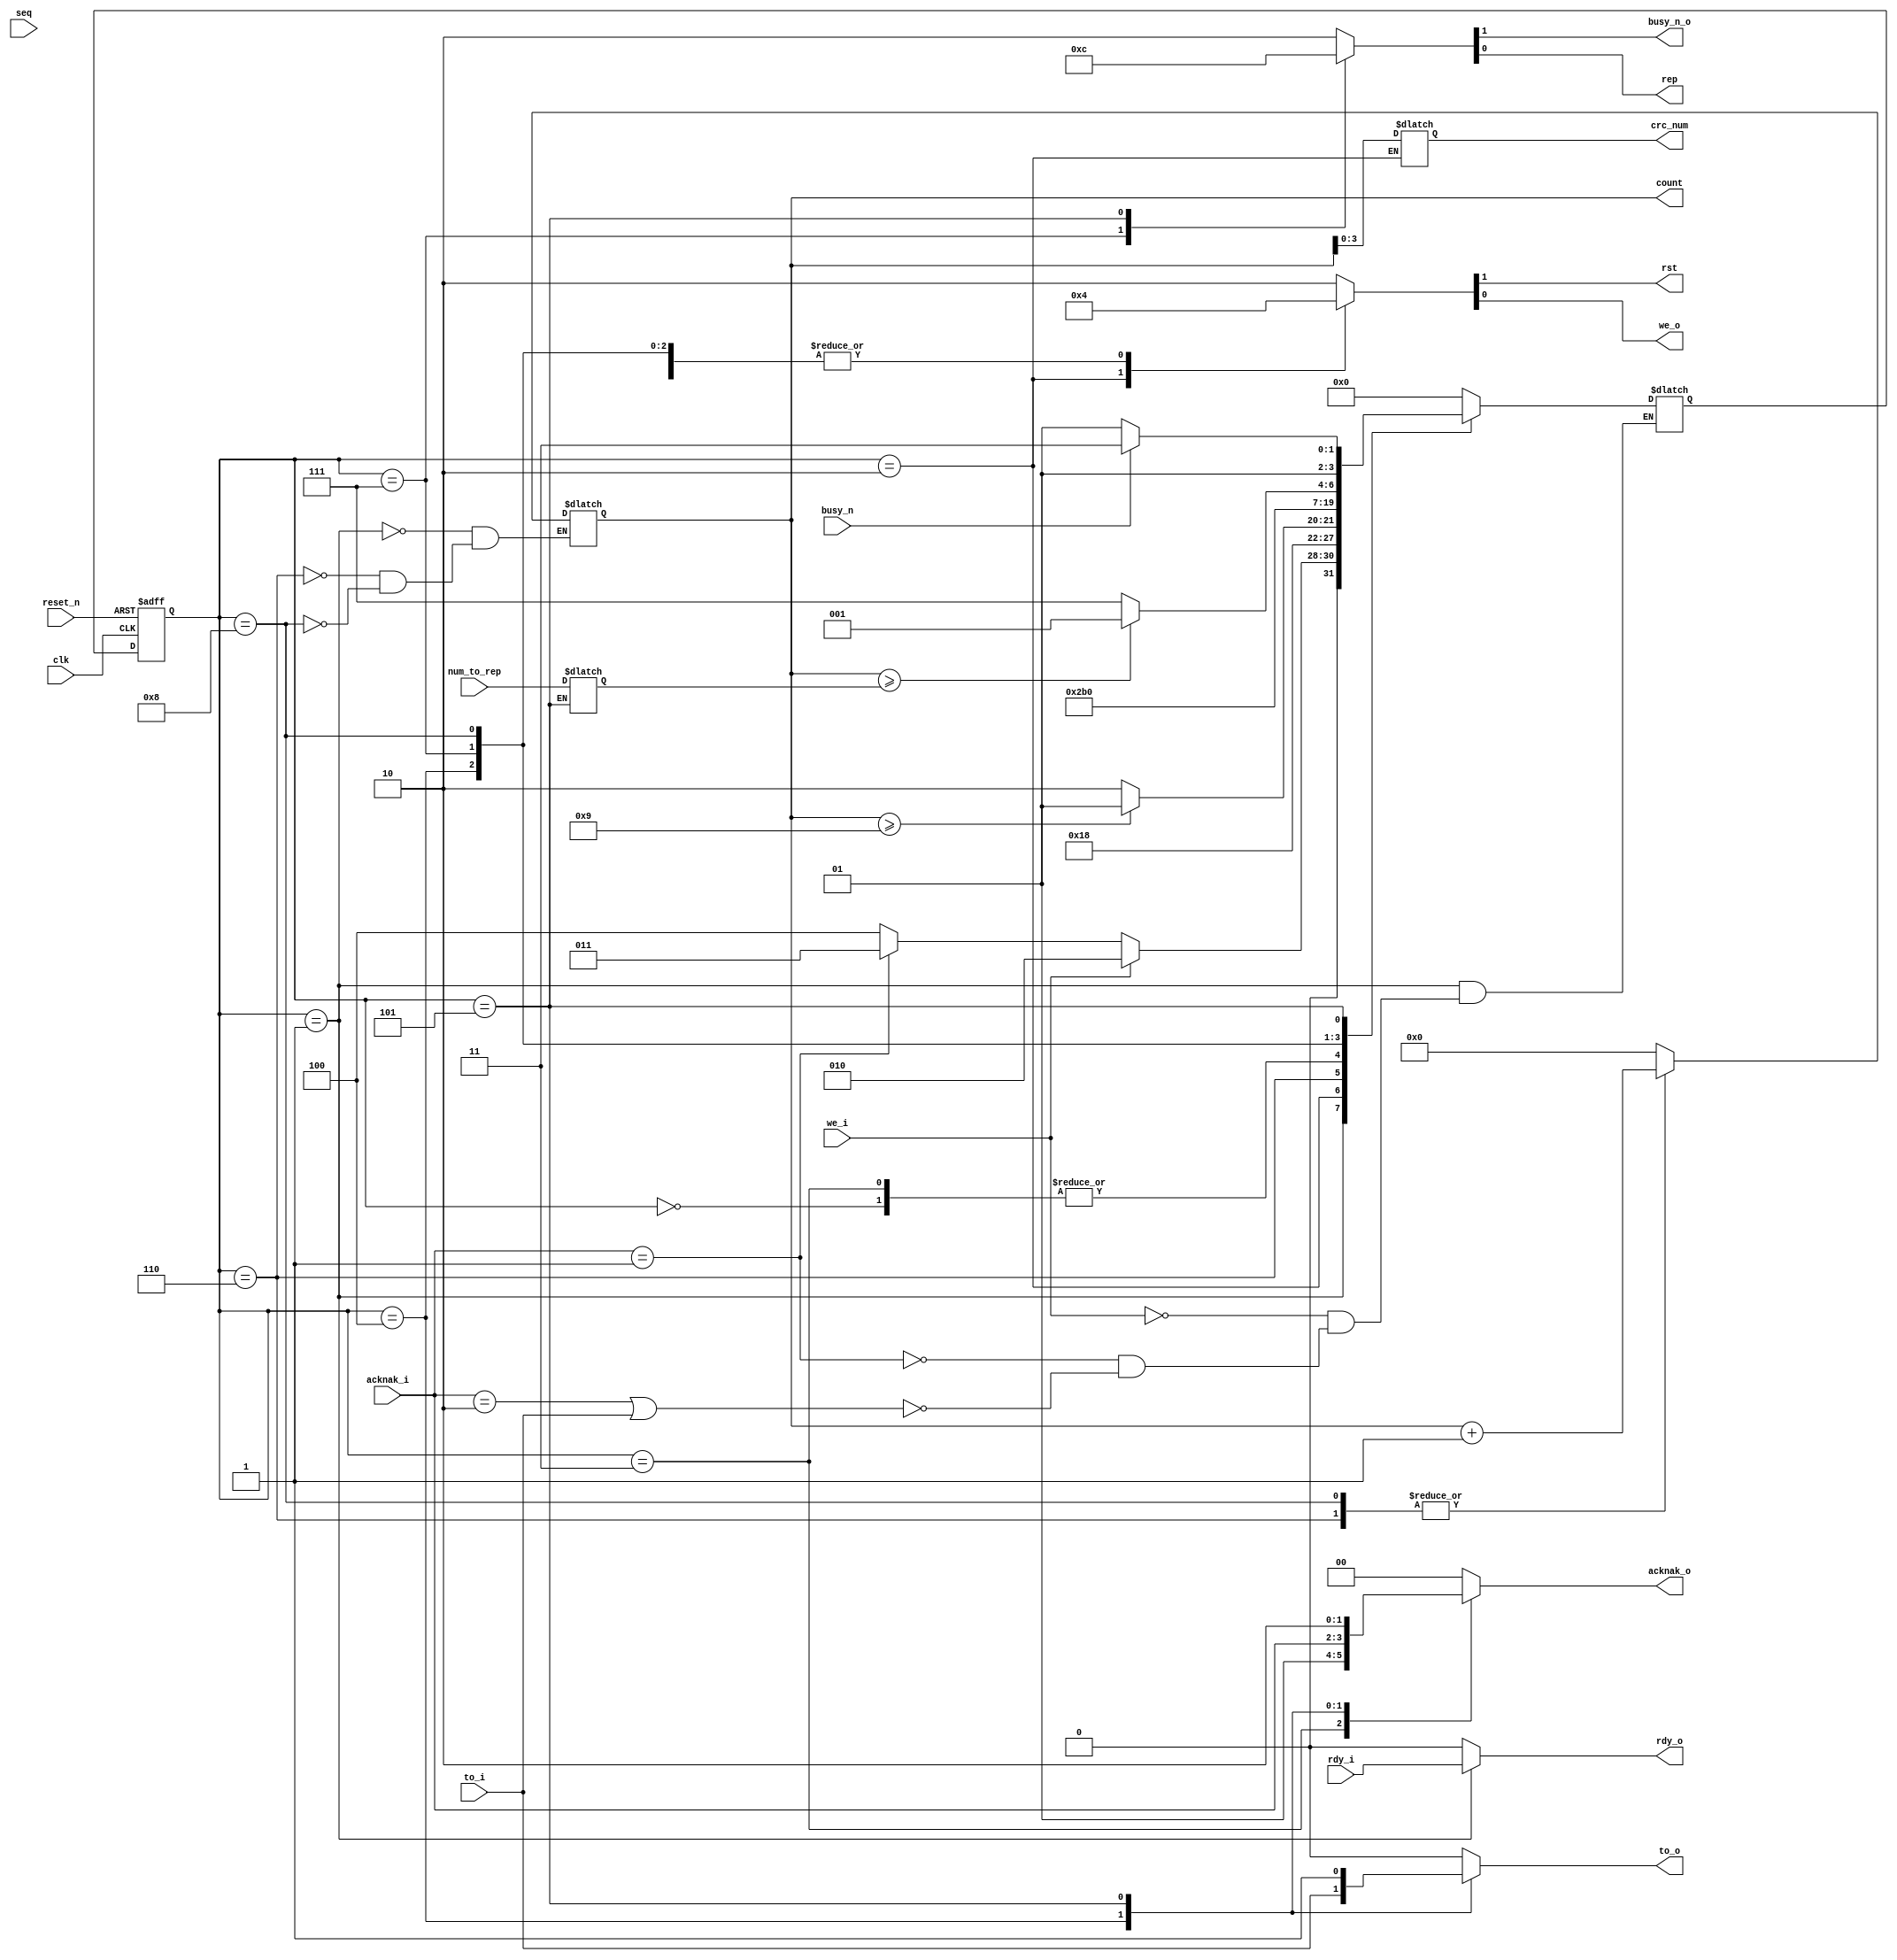
`timescale 1ns / 1ns
module FSM(reset_n, clk, busy_n, we_i, to_i, acknak_i,
           rst, we_o, to_o, rdy_i, rdy_o, busy_n_o,
           acknak_o, crc_num, seq, count, num_to_rep, rep);
           
input        reset_n, clk, busy_n, we_i, to_i, rdy_i;
input[1:0]   acknak_i;
input[11:0]  seq, num_to_rep;

output       rst, we_o, to_o, rdy_o, busy_n_o, rep;
output[1:0]  acknak_o;
output[3:0]  crc_num;
output[11:0] count;

reg[3:0]     cs, ns;
reg[1:0]     acknak_o;
reg[11:0]    count, count_to;
reg[3:0]     crc_num = 0;
reg          rst, we_o, to_o, rdy_o, busy_n_o, rep;

parameter s0 = 4'b0000, s1 = 4'b0001, s2 = 4'b0010, s3 = 4'b0011, s4 = 4'b0100, s5 = 4'b0101, s2w = 4'b0110, s4ra = 4'b0111, s4rb = 4'b1000;



//what to do when clock goes high or reset goes low 
always @(posedge clk or negedge reset_n)
begin
  if(!reset_n)
    cs <= s0;
  else
    cs <= ns;
end

//Controlling the state change
always @(cs or we_i or acknak_i or to_i or busy_n)
begin
  case(cs)
    //Reset state s0: send rst for one clock cycle, move to s1
  s0:       ns <= s1;
       
    //Idle state s1: forward rdy signal from FIFO. Await we_i,
    //acknak_i, or to_i signals. Set count to 0.
  s1:       if(we_i)                               ns <= s2;
            else if(acknak_i == 2'b01)             ns <= s3;
            else if((acknak_i == 2'b10) || to_i)   ns <= s4;                

    //Write state s2: set crc_num to count which controlls the mux.
    //Exit to substate s2w.
  s2:       ns <= s2w; 

    //Write substate s2w: incraments the count by 1. If count is >= 9,
    //then exit to state s1. Otherwise, repeat state s2.
    //Goal is to write all QTY=10 16-bit sections of a TLP.
  s2w:      if(count >= 4'b1001) ns <= s1;
            else ns <= s2;

    //Advance read pointer state s3: forward ACK to FIFO to advance
    //the read pointer. Exit to state s1.
  s3:       ns <= s1;

    //Replay event state s4: Forward NAK/TO to FIFO to get num_to_rep
    //in return. Exit to state s5.
  s4:       ns <= s5;

    //Replay event substate s4ra: Forward count to FIFO for index.
    //Also send rep=1 to FIFO for state ID. Exit to substate s4rb
  s4ra:     ns <= s4rb;

    //Replay event substate s4rb: incrament counter. If Counter is >= 39,
    //then exit to idle state s1. Otherwise repeat substate s4ra. 
  s4rb:     if(count >= count_to) ns <= s1;
            else                  ns <= s4ra;
        
    //Busy_n state s5: Continue forwarding NAK/TO, assign num_to_rep from FIFO to count_to.
    //Wait busy_n to go high from physical layer (TB), then exit to s4ra.
  s5:       if(busy_n)  ns <= s4ra;
            else        ns <= s5;
       
  default:  ns <= s0;
  
  endcase
end

//Controlling what happens in each state
always @(cs)
begin
  case(cs)
        //Reset high, busy_n_o high
    s0:      {rst,we_o,to_o,rdy_o,busy_n_o,rep,acknak_o} <= 8'b10001000;
        
        //busy_n_o high, forward rdy_i to rdy_o, set count to 0
    s1:      begin
             {rst,we_o,to_o,busy_n_o,rep,acknak_o} <= 7'b0001000;
             rdy_o <= rdy_i;
             count <= 0;
             end

        //we_o high to write to FIFO buffer from mux, busy_n_o high,
        //assign count to crc_num to control the mux select
    s2:      begin
	         {rst,we_o,to_o,rdy_o,busy_n_o,rep,acknak_o} <= 8'b01001000;
             crc_num <= count;
             end   

        //busy_n_o high, +1 count to select next mux select
    s2w:     begin
	         {rst,we_o,to_o,rdy_o,busy_n_o,rep,acknak_o} <= 8'b00001000;
             count <= count + 1;
             end

        //busy_n_o high, ACK high
    s3:      {rst,we_o,to_o,rdy_o,busy_n_o,rep,acknak_o} <= 8'b00001001;
        
        //busy_n_o high, forward TO, forward NAK
    s4:      begin
             {rst,we_o,rdy_o,busy_n_o,rep} <= 5'b00010;
             to_o                      <= to_i;
             acknak_o                  <= acknak_i;
             end

        //busy_n_o high, rep high to replay from buffer using count to control FIFO index 
    s4ra:    {rst,we_o,to_o,rdy_o,busy_n_o,rep,acknak_o} <= 8'b00001100;

        //busy_n_o high, +1 count
    s4rb:    begin
             {rst,we_o,to_o,rdy_o,busy_n_o,rep,acknak_o} <= 8'b00001000;
             count = count + 1;
             end
        
        //to_o high, NAK high, assign num_to_rep to count_to for replay counter
    s5:      begin
             {rst,we_o,to_o,rdy_o,busy_n_o,rep,acknak_o} <= 8'b00100010;
             count_to                                    <= num_to_rep;
             end
        
    default: {rst,we_o,to_o,rdy_o,busy_n_o,rep,acknak_o} <= 8'b10001000;
  endcase
end

endmodule